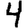
Digit: 4